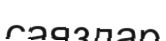
саяздар